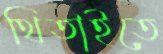
থিতাইতে